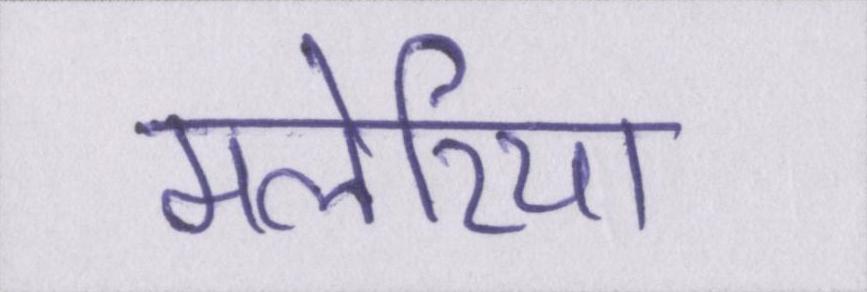
मलेरिया